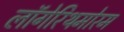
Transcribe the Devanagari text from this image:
लॉगेरिथमोरम